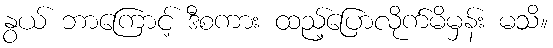
နွယ် ဘာကြောင့် ဒီစကား ထည့်ပြောလိုက်မိမှန်း မသိ။